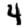
Digit: 4